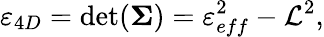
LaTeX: \varepsilon_{4D}=\operatorname*{det}(\mathbf{\Sigma})=\varepsilon_{eff}^{2}-\mathcal{L}^{2},